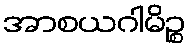
အာစယဂါမိဉ္စ